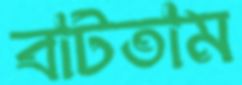
বাটতাম